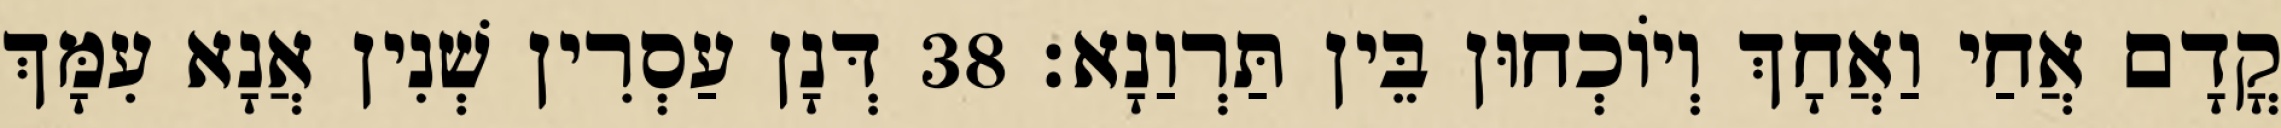
קֳדָם אֲחַי וַאֲחָךְ וְיוֹכְחוּן בֵּין תַּרְוַנָא׃ 38 דְּנָן עַסְרִין שְׁנִין אֲנָא עִמָּךְ